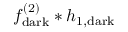
f _ { \mathrm { d a r k } } ^ { ( 2 ) } * h _ { 1 , \mathrm { d a r k } }